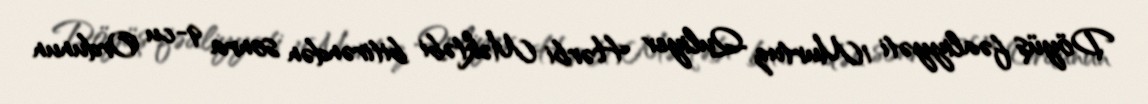
Döyüş fəaliyyəti 1Murtuz Quliyev Hərbi Məktəbi bitirəndən sonra 9-cu Ordunun